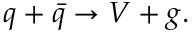
q + \bar { q } \rightarrow V + g .